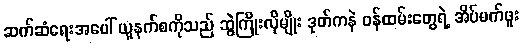
ဆက်ဆံရေးအပေါ် ယူနက်စကိုသည် ဆွဲကြိုးလိုမျိုး ဒုတ်ကနဲ ဝန်ထမ်းတွေရဲ့ အိပ်မက်ဖူး